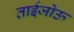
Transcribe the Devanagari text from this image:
ताईजोऊ